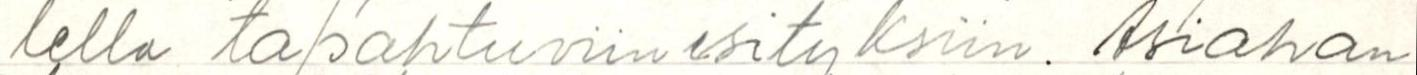
lella tapahtuviin esityksiin. Asiahan